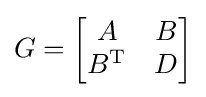
G={\begin{bmatrix}A&B\\B^{\mathrm {T} }&D\end{bmatrix}}